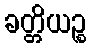
ခတ္တိယဉ္စ